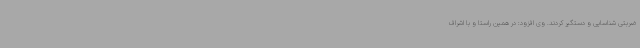
ضربتی شناسایی و دستگیر کردند. وی افزود: در همین راستا و با اشراف